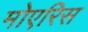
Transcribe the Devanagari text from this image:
मोएरिस